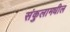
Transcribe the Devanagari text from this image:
संकुलामधील